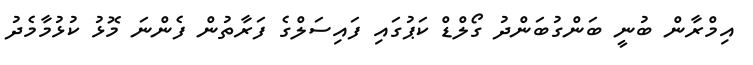
އިމްރާން ބުނީ ބަންގުބަންދު ގޯލްޑް ކަޕުގައި ފައިސަލްގެ ފަރާތުން ފެންނަ މޮޅު ކުޅުމާމެދު